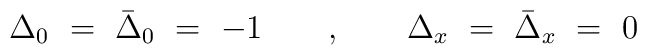
\Delta_0\ =\ \bar\Delta_0\ =\ -1\qquad,\qquad\Delta_x\ =\ \bar\Delta_x\ =\ 0